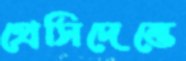
প্রেসিদেন্তে